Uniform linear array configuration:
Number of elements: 4
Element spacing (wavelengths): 0.5
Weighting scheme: hamming
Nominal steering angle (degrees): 15
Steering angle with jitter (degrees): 14.177
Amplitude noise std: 0.05
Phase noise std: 0.05

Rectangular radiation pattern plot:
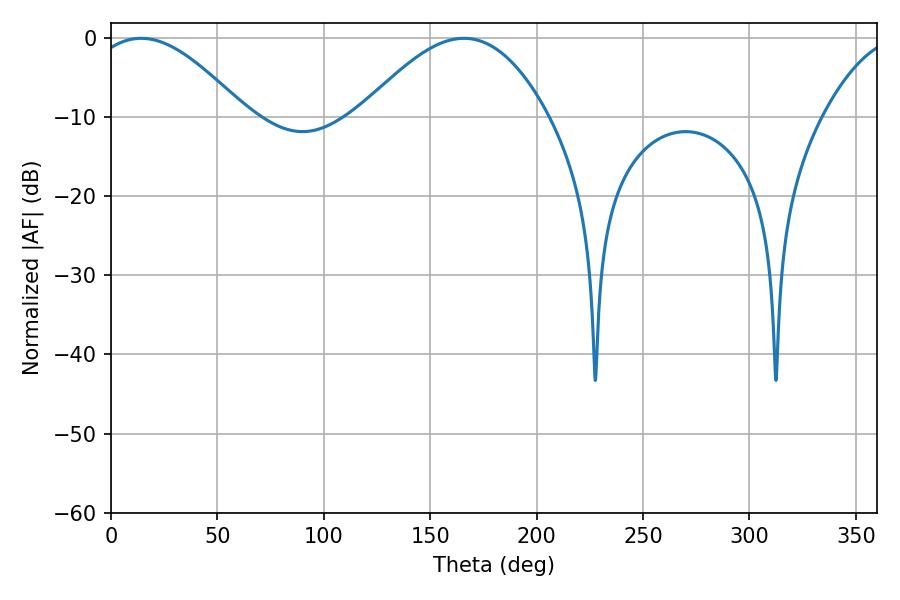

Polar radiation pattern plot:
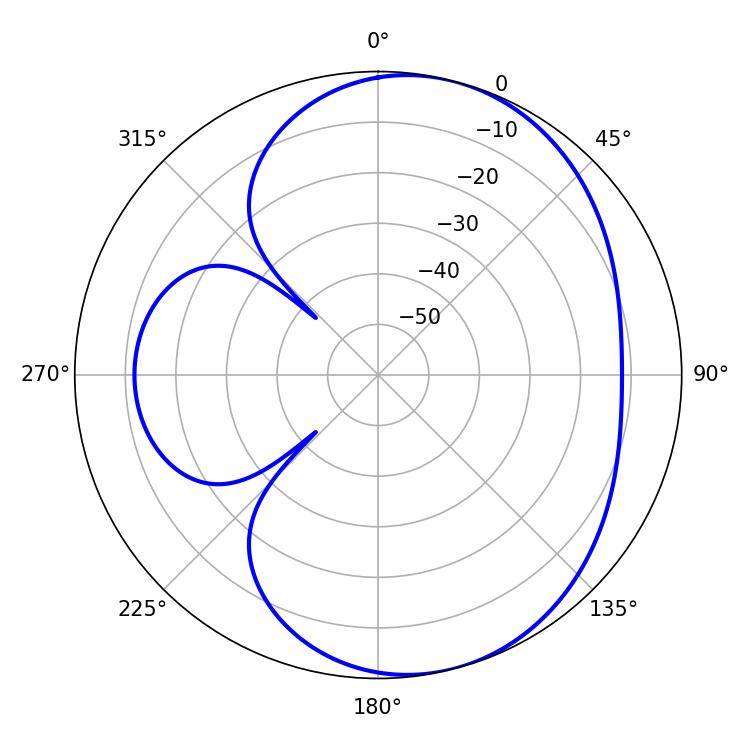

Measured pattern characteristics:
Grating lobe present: FALSE
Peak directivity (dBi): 5.974
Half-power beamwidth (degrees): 39.6
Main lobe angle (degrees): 14.22